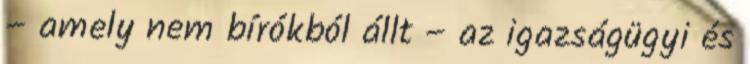
– amely nem bírókból állt – az igazságügyi és